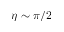
\eta \sim \pi / 2